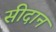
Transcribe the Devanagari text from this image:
सीदान